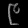
Digit: ၉